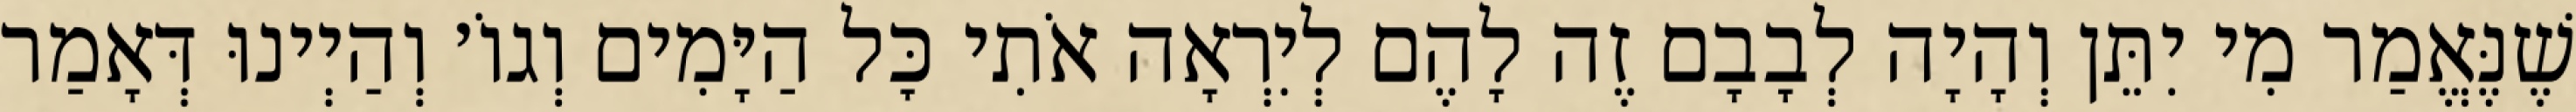
שֶׁנֶּאֱמַר מִי יִתֵּן וְהָיָה לְבָבָם זֶה לָהֶם לְיִרְאָה אֹתִי כׇּל הַיָּמִים וְגוֹ׳ וְהַיְינוּ דְּאָמַר